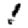
Digit: 1